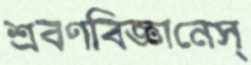
শ্রবণবিজ্ঞানেস্